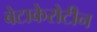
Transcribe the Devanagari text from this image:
बेटाकेरोटीन